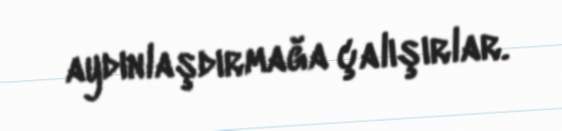
aydınlaşdırmağa çalışırlar.